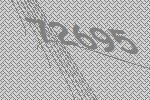
72695